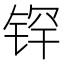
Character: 𰾉